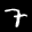
Label: 7